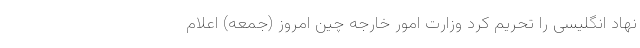
نهاد انگلیسی را تحریم کرد وزارت امور خارجه چین امروز (جمعه) اعلام